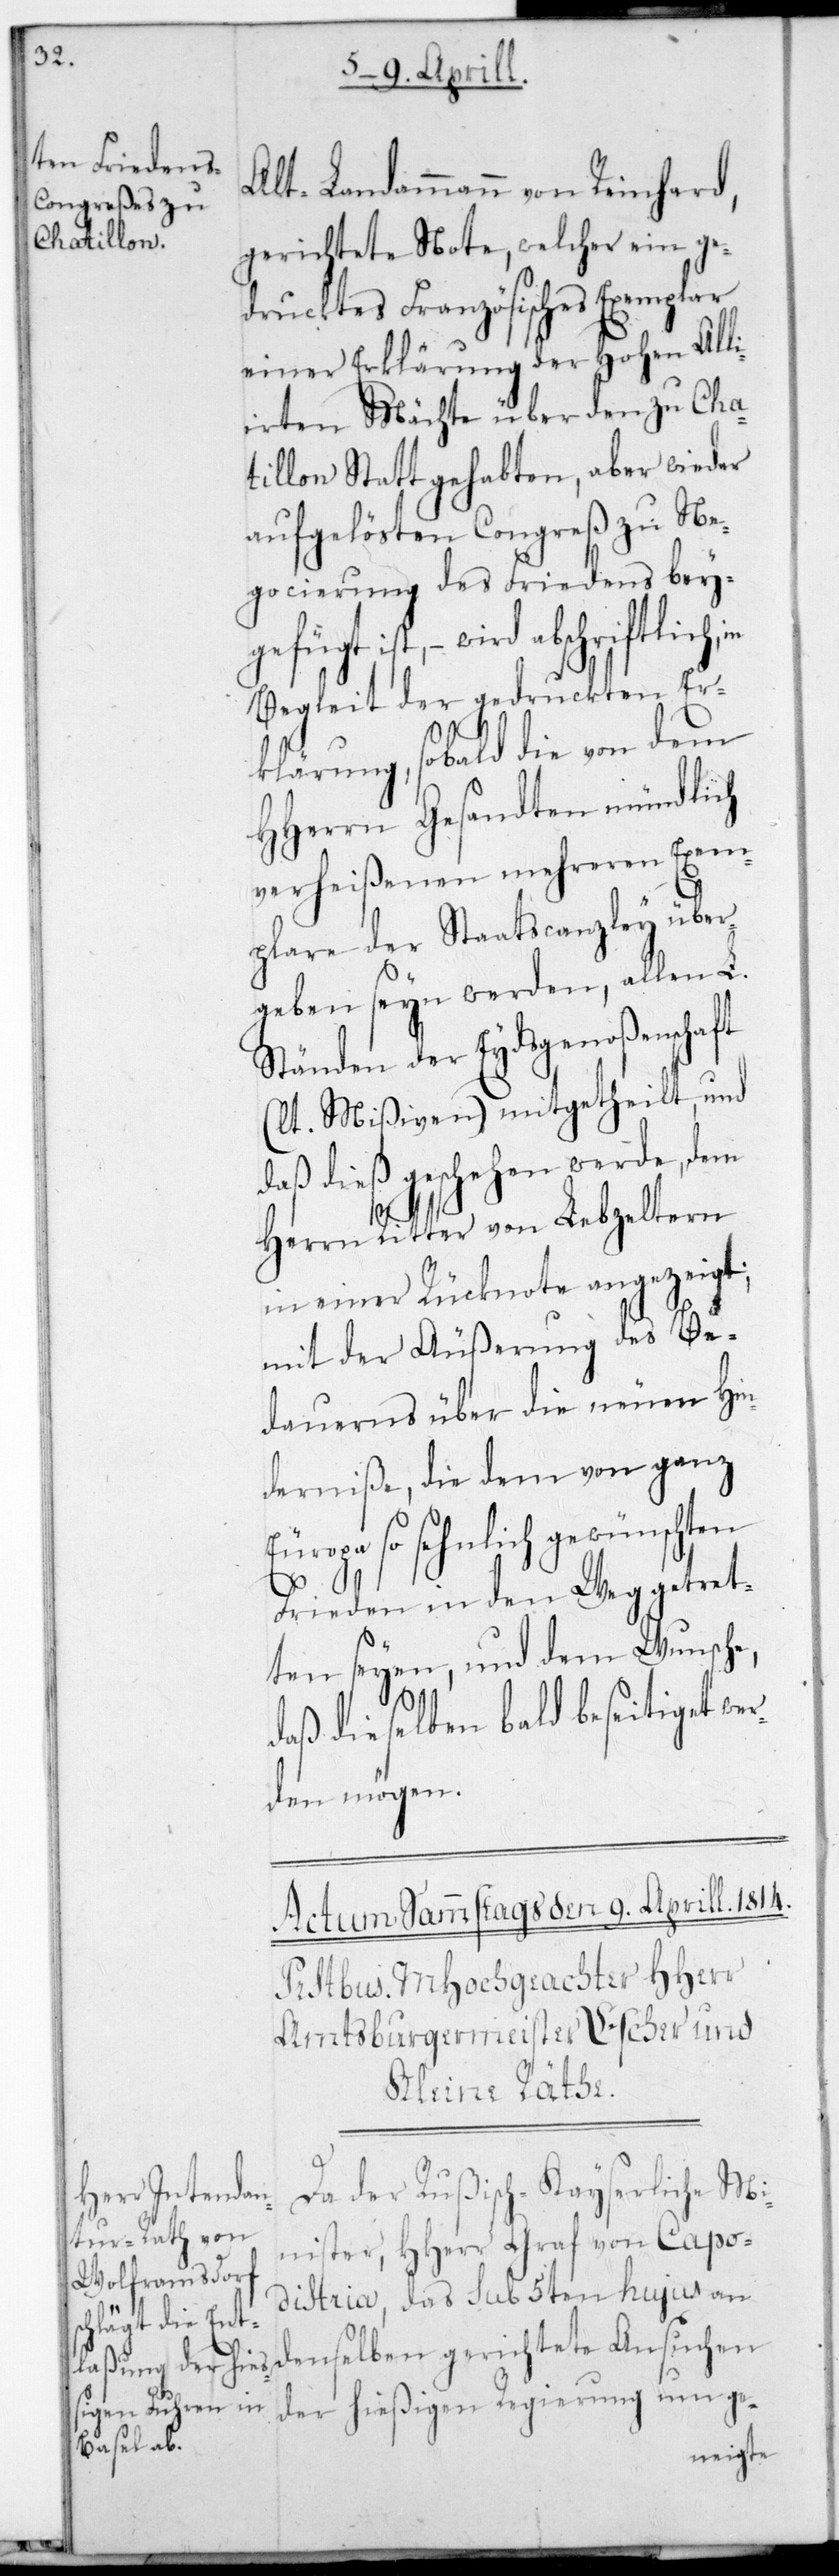
Alt-Landammann von Reinhard
gerichtete Note, welcher ein ge¬
drucktes Französisches Exemplar
einer Erklärung der Hohen Alli¬
irten Mächte über den zu Cha¬
tillon stattgehabten, aber wieder
aufgelöseten Congreß zu Ne¬
gocierung des Friedens beygefü¬
gt ist, – wird abschriftlich
Begleit der gedruckten Er¬
klärung, sobald die von dem
HHerrn Gesandten mündlich
verheißenen mehreren Exem¬
plare der Staatscanzley über¬
geben sein werden, allen L.
Ständen der Eydsgenoßenschaft
(lt. Mißiven) mitgetheilt, und
daß dies geschehen werde, dem
Herrn Ritter von Lebzeltern
in einer Rücknote angezeigt;
mit der Äußerung des Be¬
dauerns über die neuen Hin¬
derniße, die dem von ganz
Europa so sehnlich gewünschten
Frieden in den Weg getret¬
ten seyen, und dem Wunsche,
daß dieselben bald beseitiget wer¬
den mögen.
Da der Rußisch-Kayserliche Mi¬
nister, HHerr Graf von Capo¬
distria, das sub 5ten hujus an
denselben gerichtete Ansuchen
der hießigen Regierung um ge-